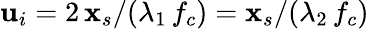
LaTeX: \mathbf{u}_{i}=2\, \mathbf{x}_{s}/(\lambda_{1}\, f_{c})=\mathbf{x}_{s}/(\lambda_{2}\, f_{c})